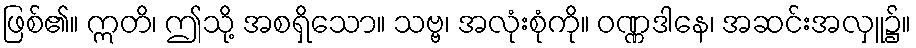
ဖြစ်၏။ ဣတိ၊ ဤသို့ အစရှိသော။ သဗ္ဗ၊ အလုံးစုံကို။ ဝဏ္ဏဒါနေ၊ အဆင်းအလှူ၌။